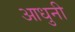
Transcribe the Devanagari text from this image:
आधुनी